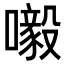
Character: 𡃀